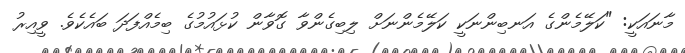
މާނައަކީ: "ކަލޭމެންގެ އަނބިންނަކީ ކަލޭމެންނަށް ލިބިގެންވާ ގޮވާން ކުޅައުމުގެ ބިމެއްފަދަ ބައެކެވެ. ވީއިރު